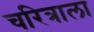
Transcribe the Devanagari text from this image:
चरित्राला